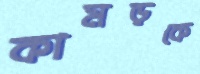
কামড়কে